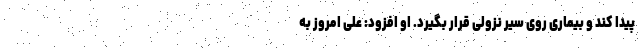
پیدا کند و بیماری روی سیر نزولی قرار بگیرد. او افزود: علی امروز به